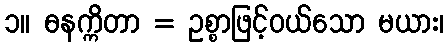
၁။ ဓနက္ကိတာ = ဥစ္စာဖြင့်ဝယ်သော မယား၊